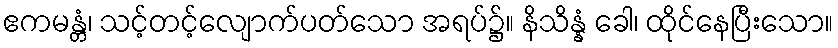
ဧကမန္တံ၊ သင့်တင့်လျောက်ပတ်သော အရပ်၌။ နိသိန္နံ ခေါ၊ ထိုင်နေပြီးသော။